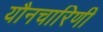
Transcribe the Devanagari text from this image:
यौनचारिणी